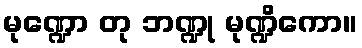
မုဏ္ဍော တု ဘဏ္ဍု မုဏ္ဍိကော။